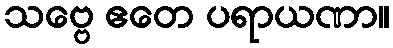
သဗ္ဗေ ဧတေ ပရာယဏာ။